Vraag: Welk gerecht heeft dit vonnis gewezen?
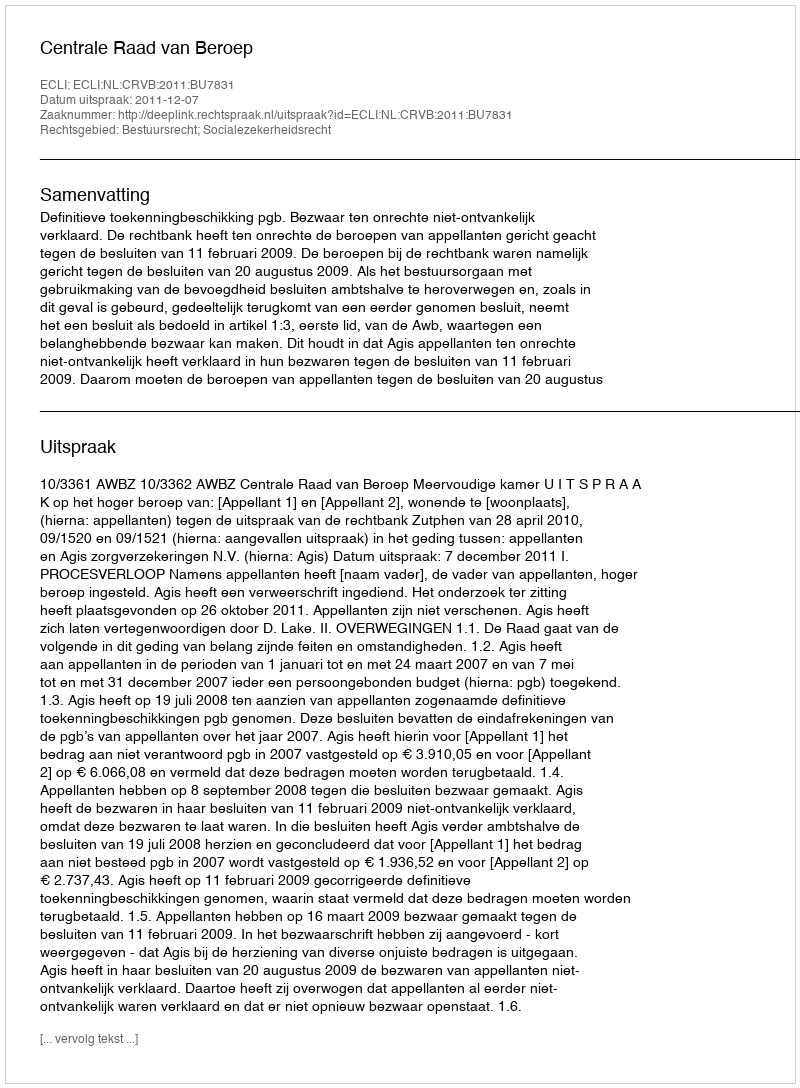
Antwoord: Centrale Raad van Beroep